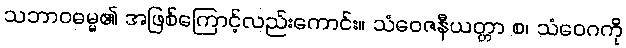
သဘာဝဓမ္မ၏ အဖြစ်ကြောင့်လည်းကောင်း။ သံဝေဇနီယတ္တာ စ၊ သံဝေဂကို